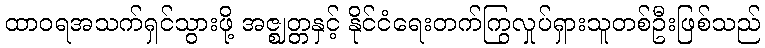
ထာဝရအသက်ရှင်သွားဖို့ အဇ္ဈတ္တနှင့် နိုင်ငံရေးတက်ကြွလှုပ်ရှားသူတစ်ဦးဖြစ်သည်